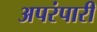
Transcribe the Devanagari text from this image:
अपरंपारी